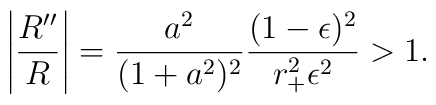
\left|{R'' \over R} \right|= {a^2 \over (1+a^2)^2} {(1-\epsilon)^2 \over r_+^2\epsilon^2}>1.